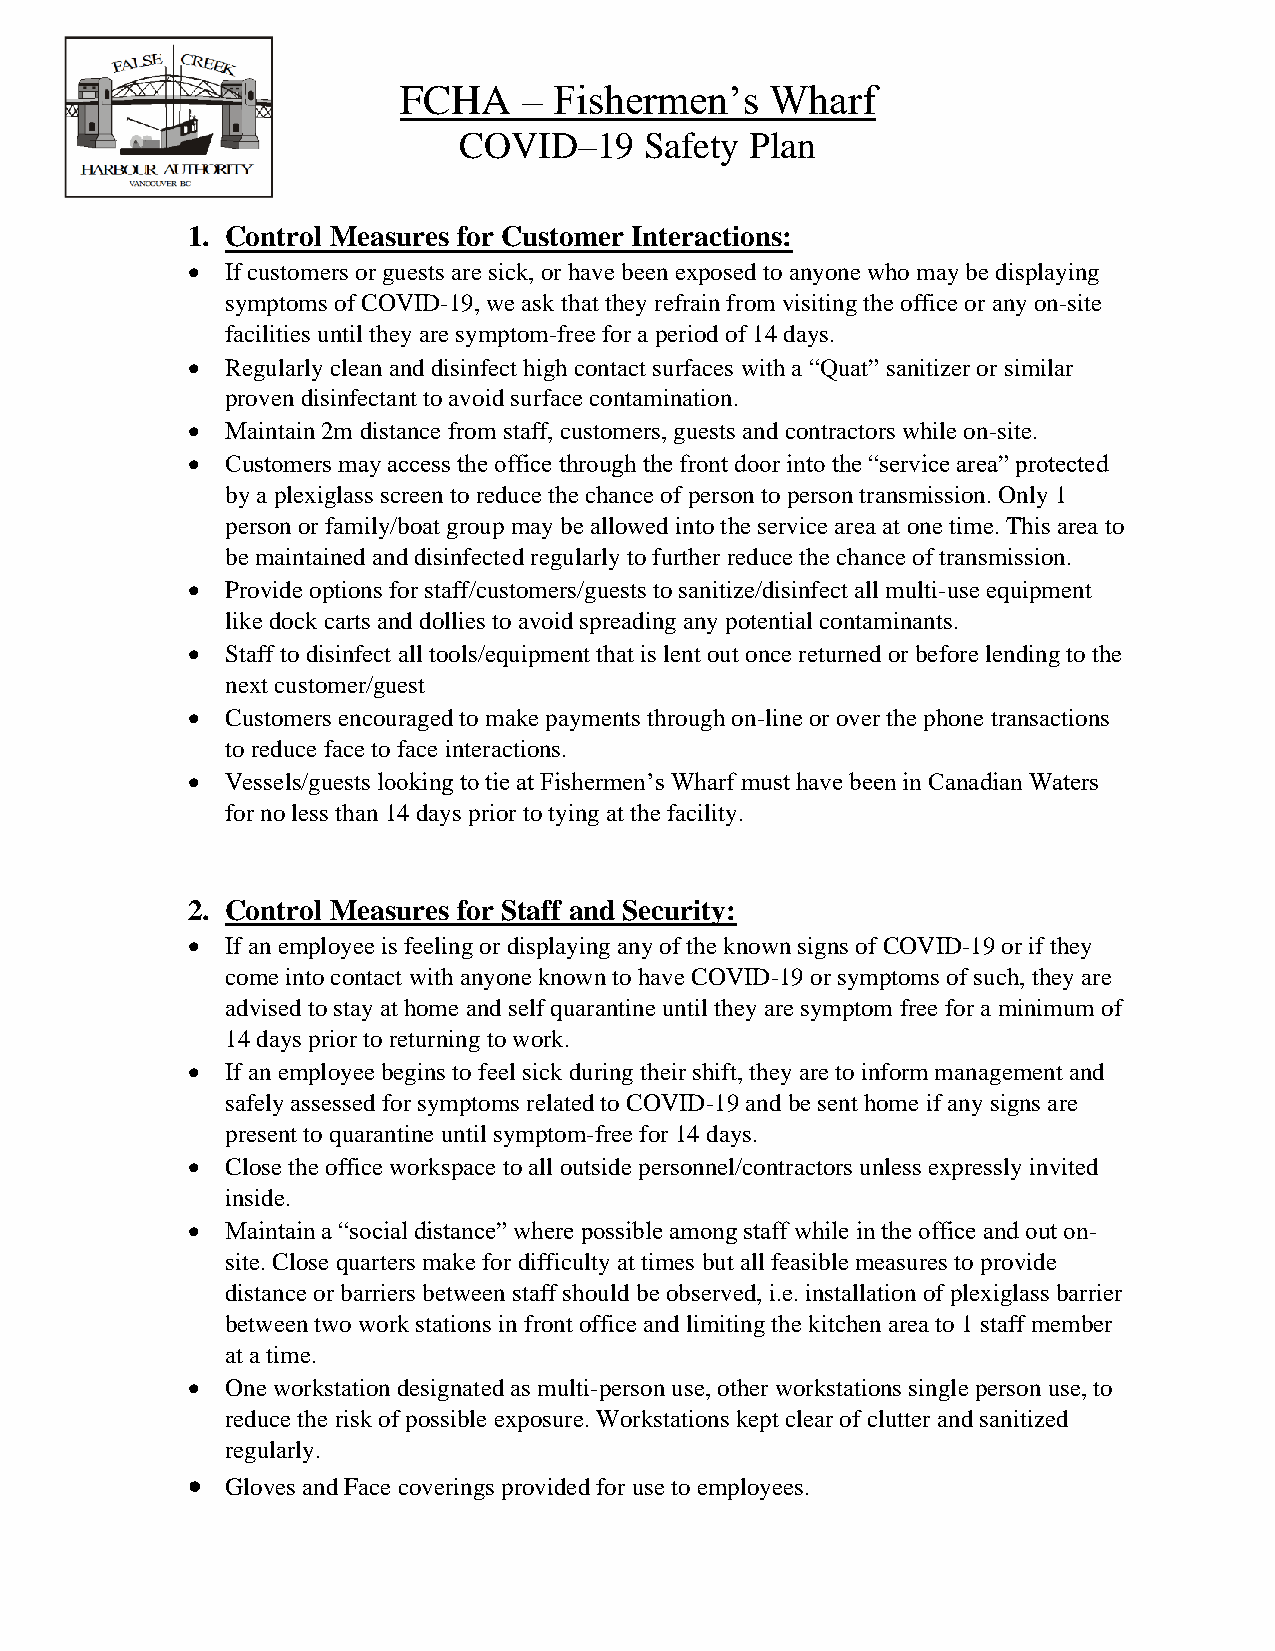
FCHA     – Fishermen’s   Wharf
 COVID–19     Safety Plan
 1. Control Measures for Customer Interactions:
 •  If customers or guests are sick, or have been exposed to anyone who may be displaying
 symptoms of COVID-19, we ask that they refrain from visiting the office or any on-site
 facilities until they are symptom-free for a period of 14 days.
 •  Regularly clean and disinfect high contact surfaces with a “Quat” sanitizer or similar
 proven disinfectant to avoid surface contamination.
 •  Maintain 2m distance from staff, customers, guests and contractors while on-site.
 •  Customers may access the office through the front door into the “service area” protected
 by a plexiglass screen to reduce the chance of person to person transmission. Only 1
 person or family/boat group may be allowed into the service area at one time. This area to
 be maintained and disinfected regularly to further reduce the chance of transmission.
 •  Provide options for staff/customers/guests to sanitize/disinfect all multi-use equipment
 like dock carts and dollies to avoid spreading any potential contaminants.
 •  Staff to disinfect all tools/equipment that is lent out once returned or before lending to the
 next customer/guest
 •  Customers encouraged to make payments through on-line or over the phone transactions
 to reduce face to face interactions.
 •  Vessels/guests looking to tie at Fishermen’s Wharf must have been in Canadian Waters
 for no less than 14 days prior to tying at the facility.
 2. Control Measures for Staff and Security:
 •  If an employee is feeling or displaying any of the known signs of COVID-19 or if they
 come into contact with anyone known to have COVID-19 or symptoms of such, they are
 advised to stay at home and self quarantine until they are symptom free for a minimum of
 14 days prior to returning to work.
 •  If an employee begins to feel sick during their shift, they are to inform management and
 safely assessed for symptoms related to COVID-19 and be sent home if any signs are
 present to quarantine until symptom-free for 14 days.
 •  Close the office workspace to all outside personnel/contractors unless expressly invited
 inside.
 •  Maintain a “social distance” where possible among staff while in the office and out on-
 site. Close quarters make for difficulty at times but all feasible measures to provide
 distance or barriers between staff should be observed, i.e. installation of plexiglass barrier
 between two work stations in front office and limiting the kitchen area to 1 staff member
 at a time.
 •  One workstation designated as multi-person use, other workstations single person use, to
 reduce the risk of possible exposure. Workstations kept clear of clutter and sanitized
 regularly.
 •  Gloves and Face coverings provided for use to employees.